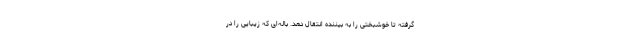
گرفته تا خوشبختی را به بیننده انتقال دهد. باله‌ای که زیبایی را در